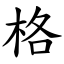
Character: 格